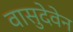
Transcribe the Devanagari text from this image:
वासुदेवेन